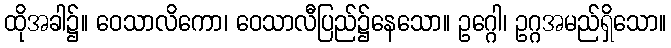
ထိုအခါ၌။ ဝေသာလိကော၊ ဝေသာလီပြည်၌နေသော။ ဥဂ္ဂေါ၊ ဥဂ္ဂအမည်ရှိသော။